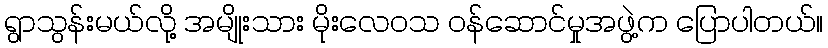
ရွာသွန်းမယ်လို့ အမျိုးသား မိုးလေဝသ ဝန်ဆောင်မှုအဖွဲ့က ပြောပါတယ်။